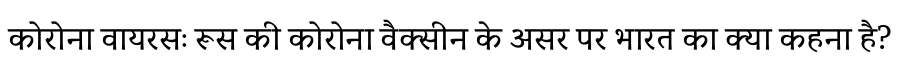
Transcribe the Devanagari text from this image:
कोरोना वायरसः रूस की कोरोना वैक्सीन के असर पर भारत का क्या कहना है?